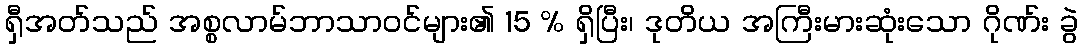
ရှီအတ်သည် အစ္စလာမ်ဘာသာဝင်များ၏ 15 % ရှိပြီး၊ ဒုတိယ အကြီးမားဆုံးသော ဂိုဏ်း ခွဲ